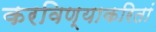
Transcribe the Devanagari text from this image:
करविण्याकरितां